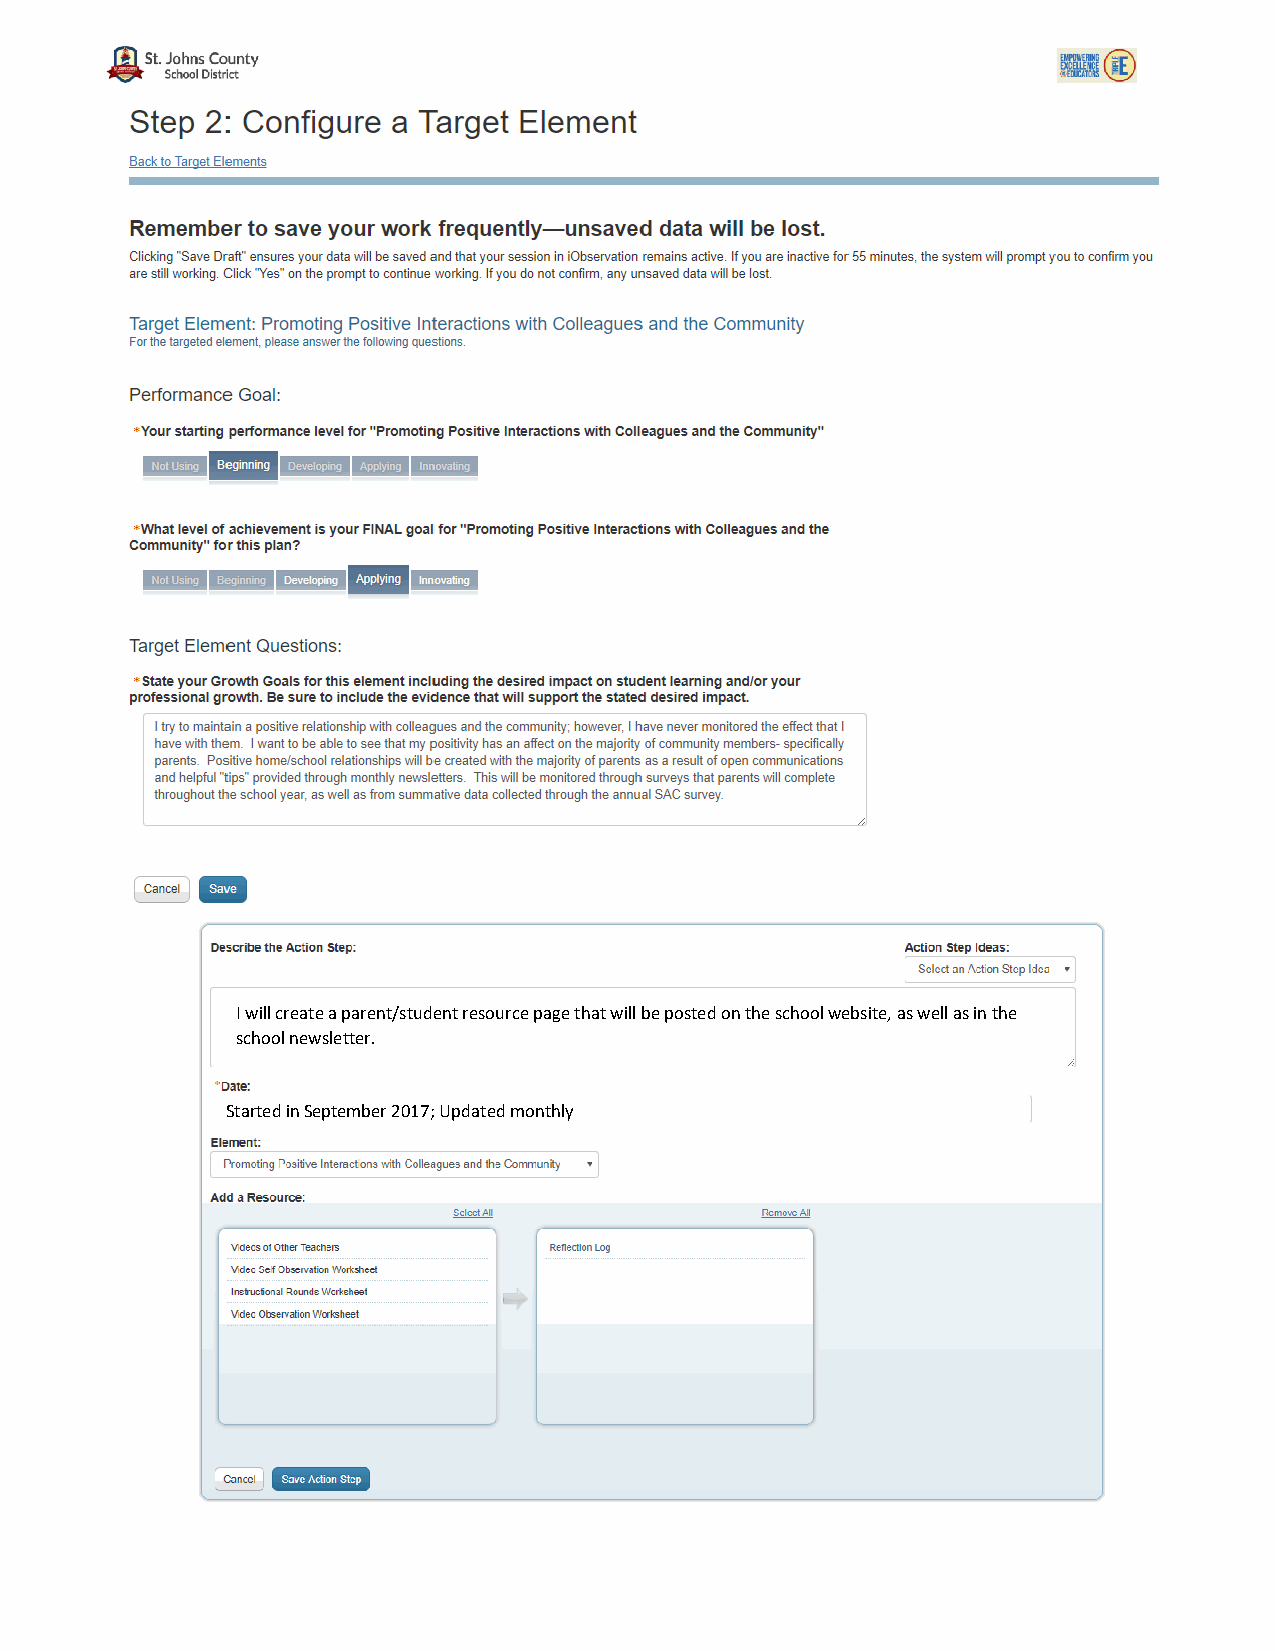
I will create a parent/student resource page that will be posted on the school website, as well as in the
 school newsletter.
 Started in September 2017; Updated monthly